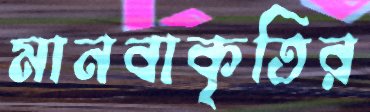
মানবাকৃতির